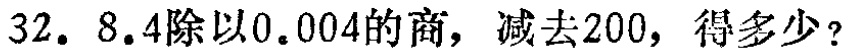
32. \(8.4\div0.004 - 200\)，得多少？